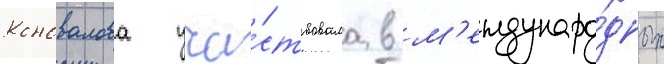
Коновалова уча́ствовала в м'еждунаро́дных